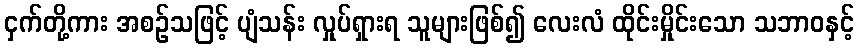
ငှက်တို့ကား အစဉ်သဖြင့် ပျံသန်း လှုပ်ရှားရ သူများဖြစ်၍ လေးလံ ထိုင်းမှိုင်းသော သဘာဝနှင့်